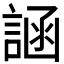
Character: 𬢲